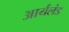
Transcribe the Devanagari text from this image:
आर्यलंड